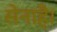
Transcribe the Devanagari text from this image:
सेनाहै।